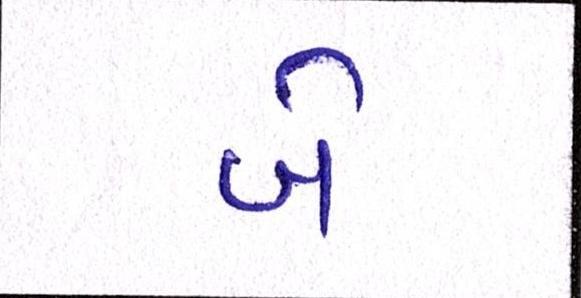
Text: બે